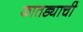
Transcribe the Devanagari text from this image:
कातड्याची